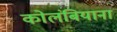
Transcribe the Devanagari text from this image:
कोलंबियाना